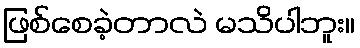
ဖြစ်စေခဲ့တာလဲ မသိပါဘူး။